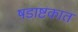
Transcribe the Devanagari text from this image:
षडाष्टकात